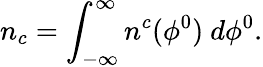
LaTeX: n_{c}=\int_{-\infty}^{\infty}n^{c}(\phi^{0})\ d\phi^{0}.